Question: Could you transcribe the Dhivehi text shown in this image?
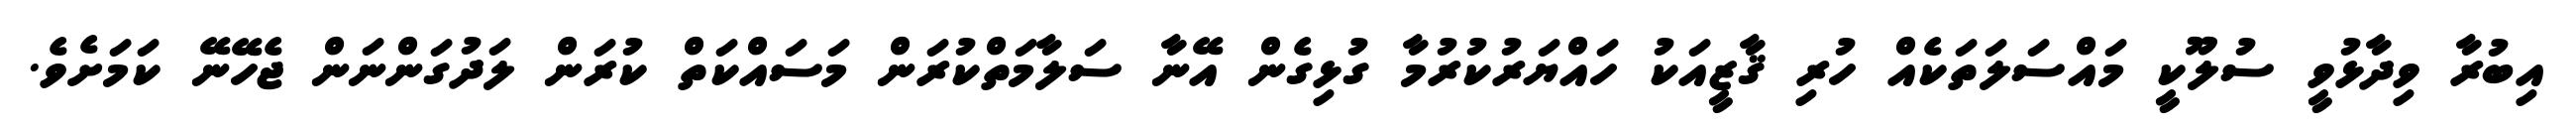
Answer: އިބުރާ ވިދާޅުވީ ސުލޫކީ މައްސަލަތަކެއް ހުރި ޤާޒީއަކު ހައްޔަރުކުރުމާ ގުޅިގެން އޭނާ ސަލާމަތްކުރަން މަސައްކަތް ކުރަން ލަދުގަންނަން ޖެހޭނޭ ކަމަށެވެ.